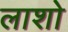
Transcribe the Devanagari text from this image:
लाशो